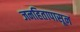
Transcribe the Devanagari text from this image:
जनहितापासून